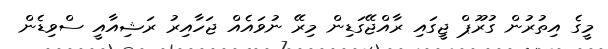
މީގެ އިތުރުން ގުރޫޕް ޖީގައި ރާއްޖޭގަޑިން މިރޭ ނުވައެއް ޖަހާއިރު ރަޝިއާއީ ސްވިޑެން